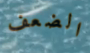
الضعف